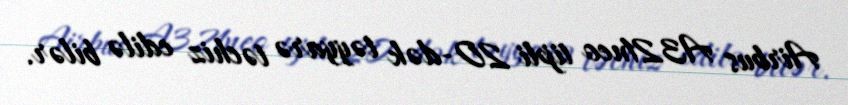
Airbus A321neo tipli 20-dək təyyarə təchiz edilə bilər.